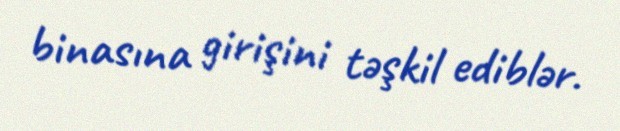
binasına girişini təşkil ediblər.